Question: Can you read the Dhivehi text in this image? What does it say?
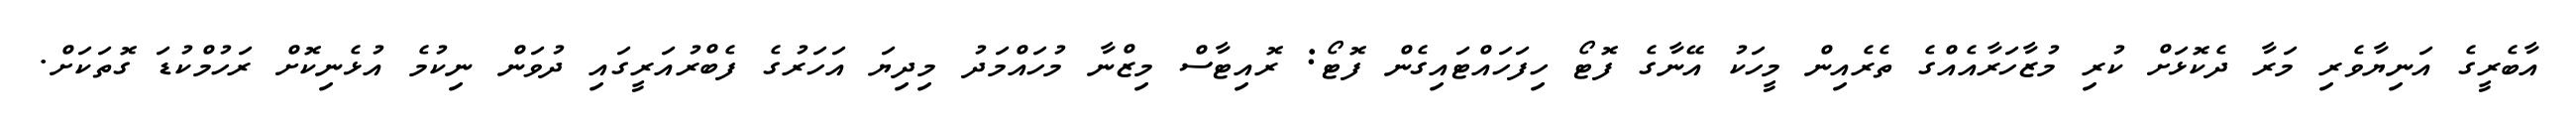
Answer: އާބެރީގެ އަނިޔާވެރި މަރާ ދެކޮޅަށް ކުރި މުޒާހަރާއެއްގެ ތެރެއިން މީހަކު އޭނާގެ ފޮޓޯ ހިފަހައްޓައިގެން ފޮޓޯ: ރޮއިޓާސް މިޒްނާ މުހައްމަދު މިދިޔަ އަހަރުގެ ފެބްރުއަރީގައި ދުވަން ނިކުމެ އުޅެނިކޮށް ރަހުމްކުޑަ ގޮތަކަށް.